Language: tamil
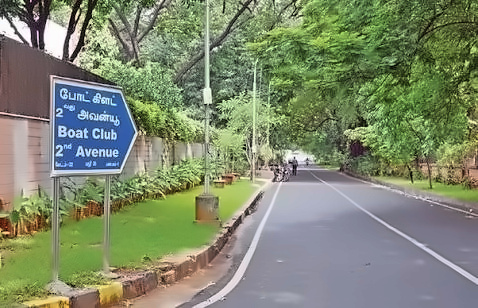
Transcription: போட் கிளட் அவன்யூ